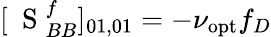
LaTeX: [\mathrm{~\mathbf~S~}_{BB}^{f}]_{01,01}=-\nu_{\mathrm{opt}}f_{D}